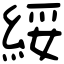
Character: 綏